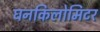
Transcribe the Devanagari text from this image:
घनकिलोमिटर